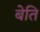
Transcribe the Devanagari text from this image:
बेति